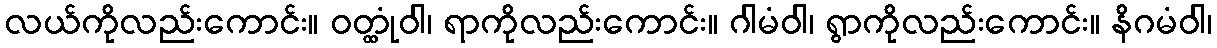
လယ်ကိုလည်းကောင်း။ ဝတ္ထုံဝါ၊ ရာကိုလည်းကောင်း။ ဂါမံဝါ၊ ရွာကိုလည်းကောင်း။ နိဂမံဝါ၊